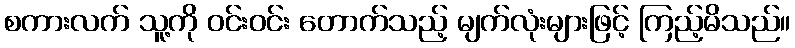
စကားလက် သူ့ကို ဝင်းဝင်း တောက်သည့် မျက်လုံးများဖြင့် ကြည့်မိသည်။